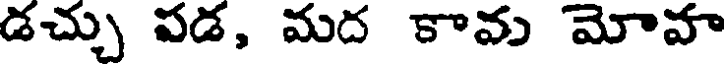
డచ్చు వడ, మద కావు మోవా